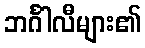
ဘင်္ဂါလီများ၏